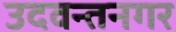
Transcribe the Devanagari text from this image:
उदवन्तनगर